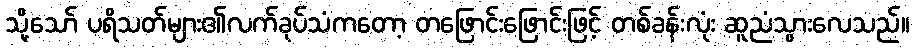
သို့သော် ပရိသတ်များ၏လက်ခုပ်သံကတော့ တဖြောင်းဖြောင်းဖြင့် တစ်ခန်းလုံး ဆူညံသွားလေသည်။